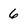
Character: 6